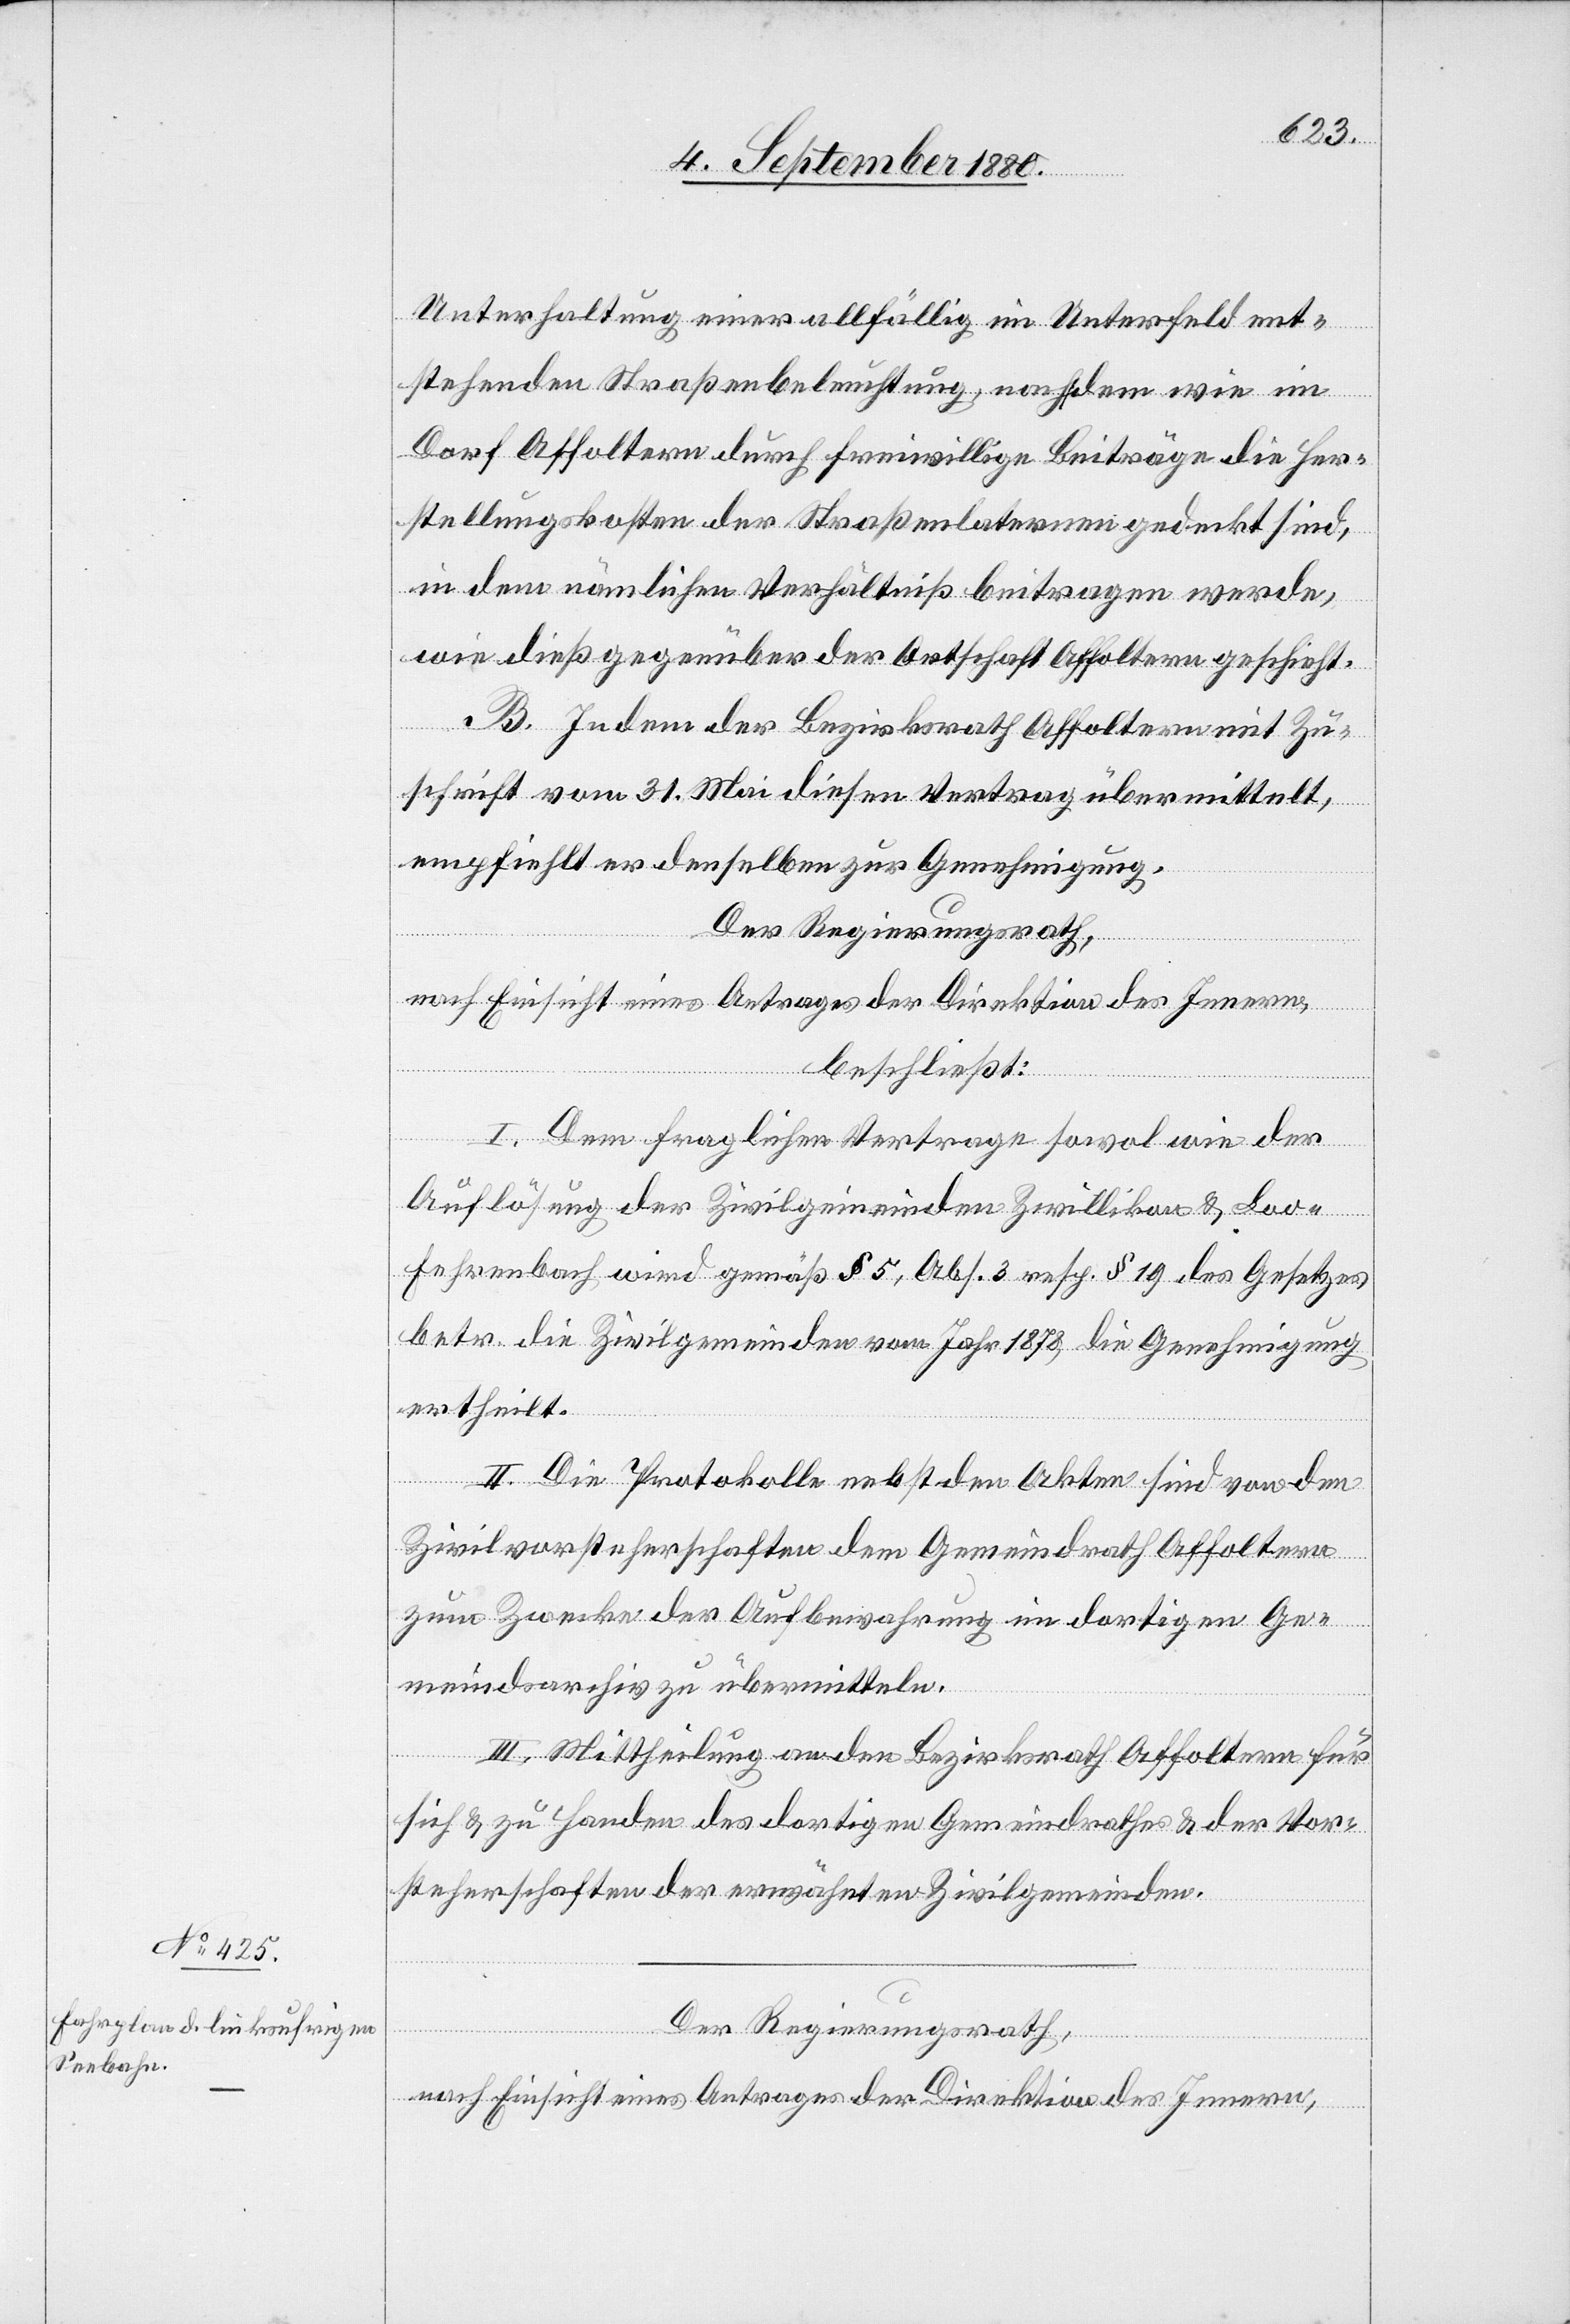
Unterhaltung einer allfällig im Unterfeld ent¬
stehenden Straßenbeleuchtung, nachdem wie im
Dorf Affoltern durch freiwillige Beiträge die Her¬
stellungskosten der Straßenlaternen gedeckt sind,
in dem nämlichen Verhältniß beitragen werde,
wie dieß gegenüber der Ortschaft Affoltern geschieht.
B. Indem der Bezirksrath Affoltern mit Zu¬
schrift vom 31. Mai diesen Vertrag übermittelt,
empfiehlt er denselben zur Genehmigung.
Der Regierungsrath,
nach Einsicht eines Antrages der Direktion des Innern,
beschließt:
I. Dem fraglichen Vertrage sowol wie der
Auflösung der Zivilgemeinde Zwillikon & Loo-F¬
ehrenbach wird gemäß § 5, Abs. 3 resp. § 19 des Gesetzes
betr. die Zivilgemeinden vom Jahr 1878 die Genehmigung
ertheilt.
II. Die Protokolle nebst den Akten sind von den
Zivilvorsteherschaften dem Gemeindrath Affoltern
zum Zwecke der Aufbewahrung im dortigen Ge¬
meindsarchiv zu übermitteln.
III. Mittheilung an den Bezirksrath Affoltern für
sich & zu Handen des dortigen Gemeindrathes & der Vor¬
steherschaften der erwähnten Zivilgemeinde.
Der Regierungsrath,
nach Einsicht eines Antrages der Direktion des Innern,